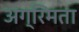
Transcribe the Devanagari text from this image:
अग्रिमता